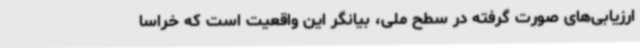
ارزیابی‌های صورت گرفته در سطح ملی، بیانگر این واقعیت است که خراسا